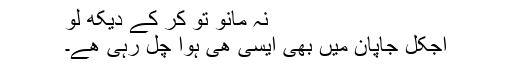
نہ مانو تو کر کے دیکھ لو
آجکل جاپان میں بھی ایسی ھی ہوا چل رہی ھے۔